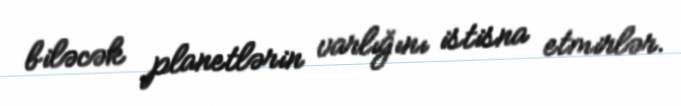
biləcək planetlərin varlığını istisna etmirlər.